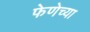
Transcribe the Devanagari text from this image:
फेणेच्या